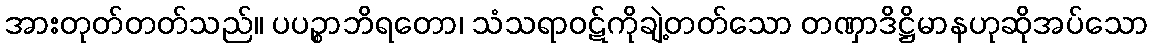
အားတုတ်တတ်သည်။ ပပဉ္စာဘိရတော၊ သံသရာဝဋ်ကိုချဲ့တတ်သော တဏှာဒိဋ္ဌိမာနဟုဆိုအပ်သော